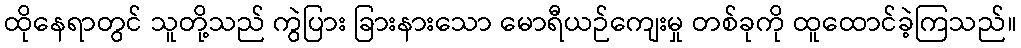
ထိုနေရာတွင် သူတို့သည် ကွဲပြား ခြားနားသော မောရီယဉ်ကျေးမှု တစ်ခုကို ထူထောင်ခဲ့ကြသည်။